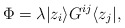
\begin{align*}\Phi=\lambda|z_i\rangle G^{ij}\langle z_j|,\end{align*}